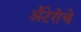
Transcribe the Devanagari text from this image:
अँटेरोचे